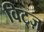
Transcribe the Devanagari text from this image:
विट्ज़